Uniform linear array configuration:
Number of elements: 4
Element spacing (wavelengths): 0.5
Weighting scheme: hann
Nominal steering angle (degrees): -45
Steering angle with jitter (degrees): -44.528
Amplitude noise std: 0.05
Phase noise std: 0.05

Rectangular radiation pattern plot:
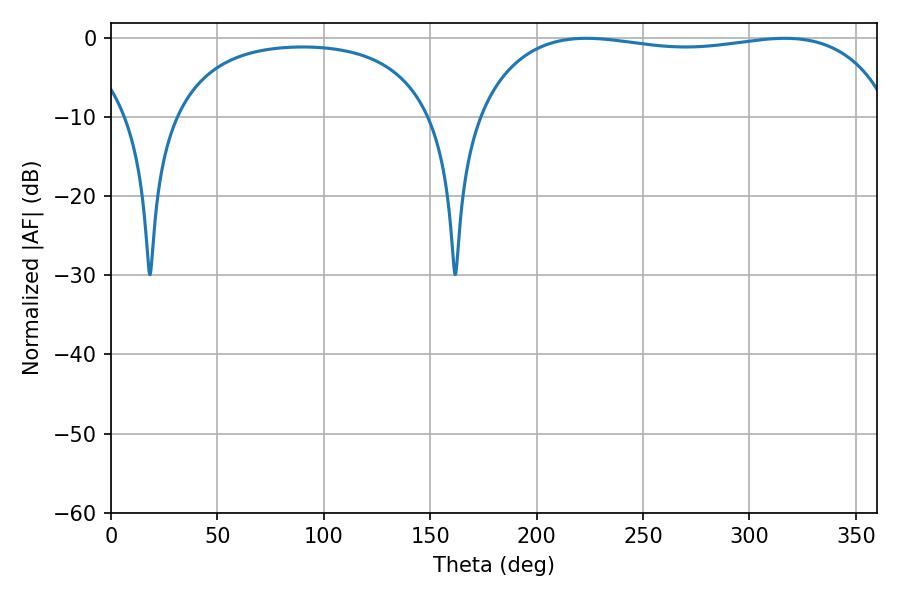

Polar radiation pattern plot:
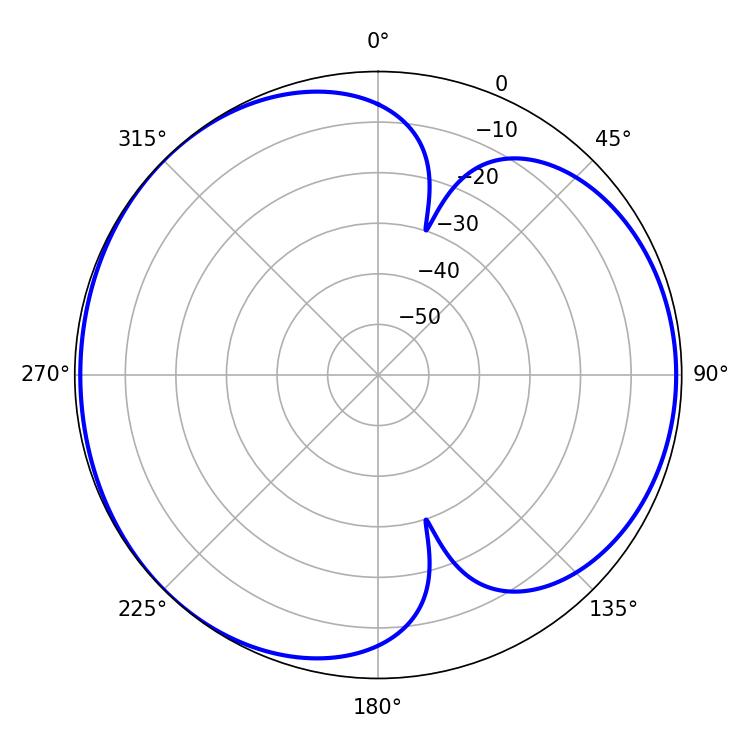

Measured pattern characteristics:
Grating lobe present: FALSE
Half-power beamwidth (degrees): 158.4
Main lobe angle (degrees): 223.38